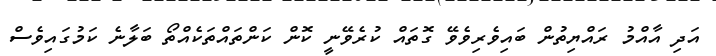
އަދި އާއްމު ރައްޔިތުން ބައިވެރިވެވޭ ގޮތައް ކުރެވޭނީ ކޮން ކަންތައްތަކެއްތޯ ބަލާނެ ކަމުގައިވެސް